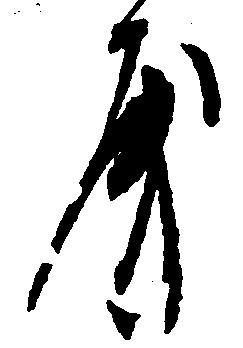
房